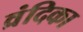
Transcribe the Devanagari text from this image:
व्रंदिका